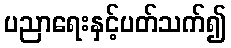
ပညာရေးနှင့်ပတ်သက်၍